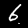
Digit: 6